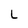
Character: L